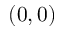
( 0 , 0 )